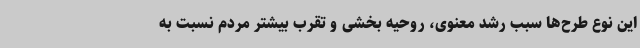
این نوع طرح‌ها سبب رشد معنوی، روحیه بخشی و تقرب بیشتر مردم نسبت به